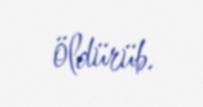
öldürüb.